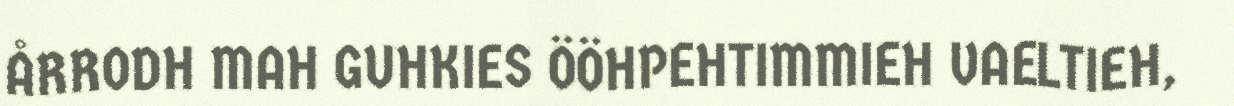
ÅRRODH MAH GUHKIES ÖÖHPEHTIMMIEH VAELTIEH,